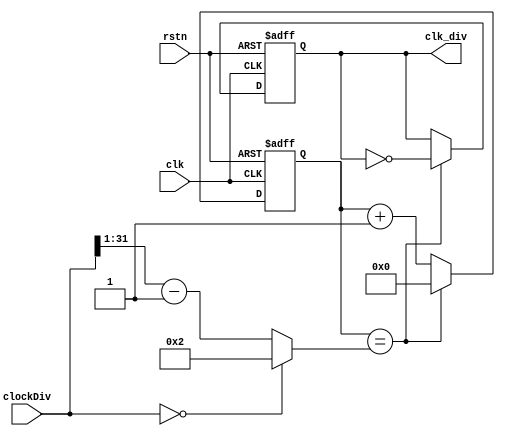
/*
Copyright (c) 2014-2022 Luiz Carlos Gili

Permission is hereby granted, free of charge, to any person obtaining a copy
of this software and associated documentation files (the "Software"), to deal
in the Software without restriction, including without limitation the rights
to use, copy, modify, merge, publish, distribute, sublicense, and/or sell
copies of the Software, and to permit persons to whom the Software is
furnished to do so, subject to the following conditions:

The above copyright notice and this permission notice shall be included in
all copies or substantial portions of the Software.

THE SOFTWARE IS PROVIDED "AS IS", WITHOUT WARRANTY OF ANY KIND, EXPRESS OR
IMPLIED, INCLUDING BUT NOT LIMITED TO THE WARRANTIES OF MERCHANTABILITY
FITNESS FOR A PARTICULAR PURPOSE AND NONINFRINGEMENT. IN NO EVENT SHALL THE
AUTHORS OR COPYRIGHT HOLDERS BE LIABLE FOR ANY CLAIM, DAMAGES OR OTHER
LIABILITY, WHETHER IN AN ACTION OF CONTRACT, TORT OR OTHERWISE, ARISING FROM,
OUT OF OR IN CONNECTION WITH THE SOFTWARE OR THE USE OR OTHER DEALINGS IN
THE SOFTWARE.
*/

// Language: Verilog 2001

// Addresses used : 
// base address + 0x00 : EnableSampleGeneration 	


`timescale 1 ns / 1 ps

module axi_clock_divider #
	(
		// Width of S_AXI data bus
		parameter integer AXI_DATA_WIDTH	= 32		
	)
	(
	    input wire clk,
	    input wire rstn,
	    input [AXI_DATA_WIDTH-1:0] clockDiv,
	    output reg clk_div
    );
	
localparam mainClock = 100_000_000;

wire [AXI_DATA_WIDTH-1:0] divider;
assign divider = (clockDiv == 0) ? 2 : (clockDiv >> 1) -1;
	

reg [AXI_DATA_WIDTH-1:0] count;
wire tc;

assign tc = (count == divider);	// Place a comparator on the counter output

always @ (posedge(clk), negedge(rstn))
begin
    if (!rstn) count <= 0;
    else if (tc) count <= 0;		// Reset counter when terminal count reached
    else count <= count + 1;
end

always @ (posedge(clk), negedge(rstn))
begin
    if (!rstn) clk_div <= 0;
    else if (tc) clk_div = !clk_div;	// T-FF with tc as input signal
end
endmodule